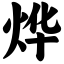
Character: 烨